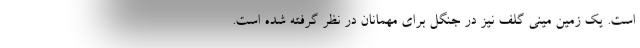
است. یک زمین مینی گلف نیز در جنگل برای مهمانان در نظر گرفته شده است.